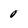
Character: O